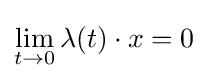
\lim _{t\to 0}\lambda (t)\cdot x=0